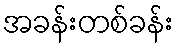
အခန်းတစ်ခန်း